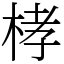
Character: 㭳